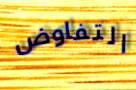
التفاوض